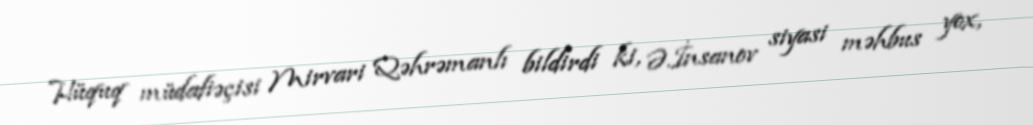
Hüquq müdafiəçisi Mirvari Qəhrəmanlı bildirdi ki, Ə.İnsanov siyasi məhbus yox,